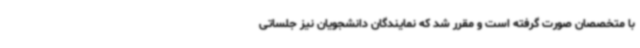
با متخصصان صورت گرفته است و مقرر شد که نمایندگان دانشجویان نیز جلساتی